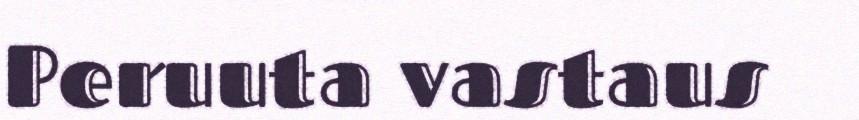
Peruuta vastaus